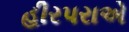
હીરપરાએ